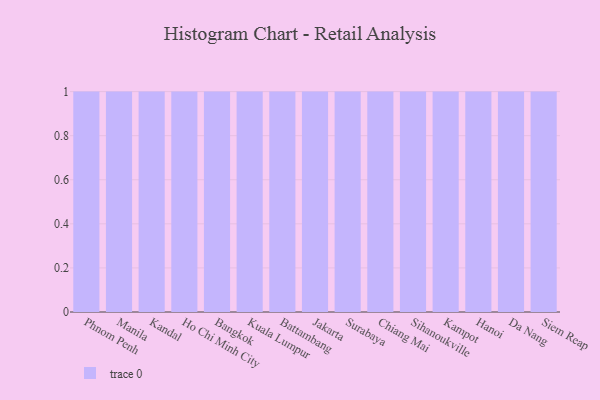
{"axis": {"x": "City", "y": "Bounce Rate (%)"}, "legend": [""], "data": [{"x": "Phnom Penh", "y": 33, "type": ""}, {"x": "Manila", "y": 39, "type": ""}, {"x": "Kandal", "y": 88, "type": ""}, {"x": "Ho Chi Minh City", "y": 68, "type": ""}, {"x": "Bangkok", "y": 67, "type": ""}, {"x": "Kuala Lumpur", "y": 57, "type": ""}, {"x": "Battambang", "y": 27, "type": ""}, {"x": "Jakarta", "y": 85, "type": ""}, {"x": "Surabaya", "y": 6, "type": ""}, {"x": "Chiang Mai", "y": 100, "type": ""}, {"x": "Sihanoukville", "y": 90, "type": ""}, {"x": "Kampot", "y": 86, "type": ""}, {"x": "Hanoi", "y": 15, "type": ""}, {"x": "Da Nang", "y": 9, "type": ""}, {"x": "Siem Reap", "y": 36, "type": ""}]}